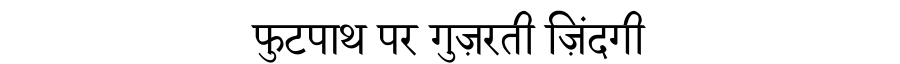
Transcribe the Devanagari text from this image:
फुटपाथ पर गुज़रती ज़िंदगी